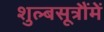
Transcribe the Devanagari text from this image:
शुल्बसूत्रौंमें